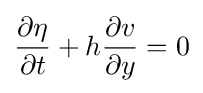
{\frac {\partial \eta }{\partial t}}+h{\frac {\partial v}{\partial y}}=0